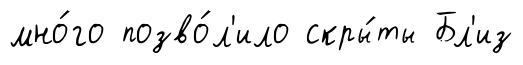
мно́го позво́л'ило скры́ты Бл'из